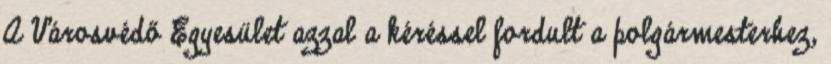
A Városvédő Egyesület azzal a kéréssel fordult a polgármesterhez,